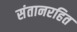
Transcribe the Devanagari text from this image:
संतानरहित